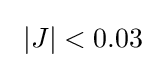
\ |J|<0.03\